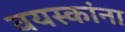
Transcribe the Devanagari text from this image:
वयस्कांना